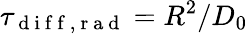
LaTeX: \tau_{\mathrm{~d~i~f~f~,~r~a~d~}}=R^{2}/D_{0}